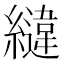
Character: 𮉏